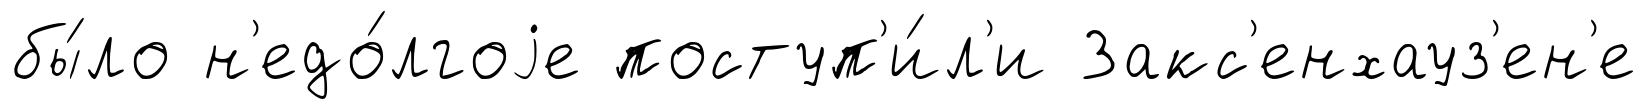
бы́ло н'едо́лгоjе поступ'и́л'и Закс'енхауз'ен'е